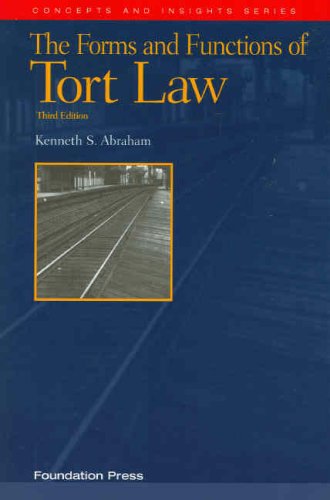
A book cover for The Forms and Functions of Tort Law, 3d (Concepts and Insights); Kenneth S. Abraham; Law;